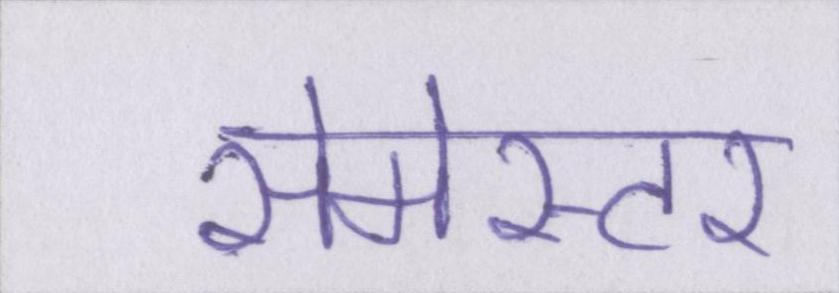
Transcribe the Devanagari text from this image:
सेमेस्टर